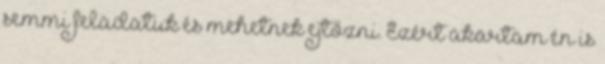
semmi feladatuk és mehetnek ejtőzni. Ezért akartam én is